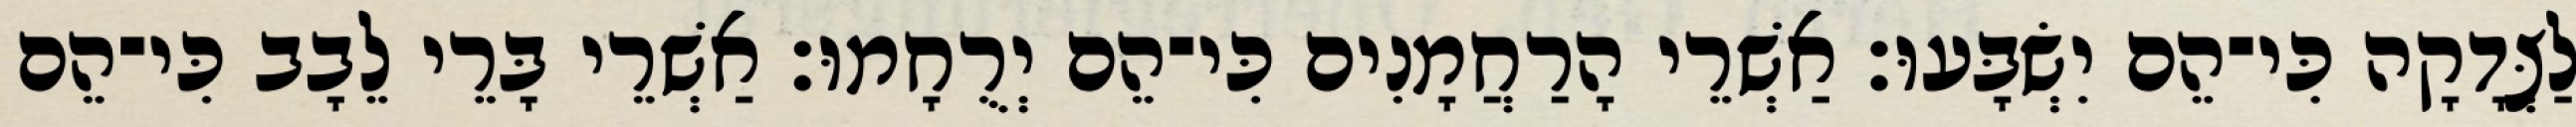
לַצְּדָקָה כִּי־הֵם יִשְׂבָּעוּ׃ אַשְׁרֵי הָרַחֲמָנִים כִּי־הֵם יְרֻחָמוּ׃ אַשְׁרֵי בָּרֵי לֵבָב כִּי־הֵם